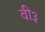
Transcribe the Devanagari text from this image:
वी३